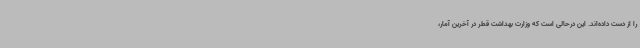
را از دست داده‌اند. این درحالی است که وزارت بهداشت قطر در آخرین آمار،